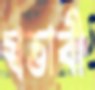
স্বভাবী